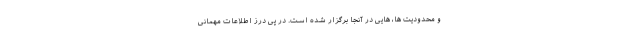
و محدودیت ها، هایی در آنجا برگزار شده است. در پی درز اطلاعات مهمانی